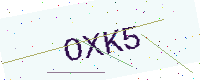
Text: OXK5